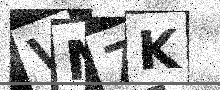
Text: VN7K